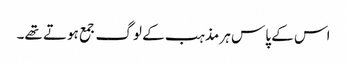
اس کے پاس ہر مذہب کے لوگ جمع ہوتے تھے۔